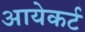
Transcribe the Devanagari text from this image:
आयेकर्ट